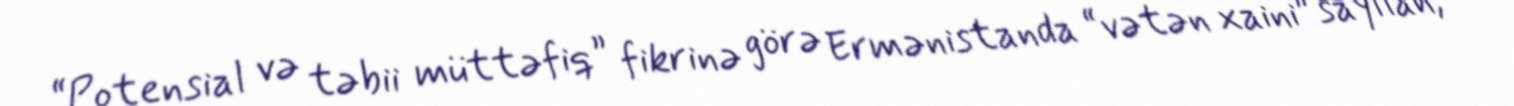
“Potensial və təbii müttəfiq” fikrinə görə Ermənistanda “vətən xaini” sayılan,